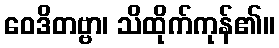
ဝေဒိတဗ္ဗာ၊ သိထိုက်ကုန်၏။